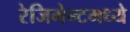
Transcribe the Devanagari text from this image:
रेजिमेन्टमध्ये